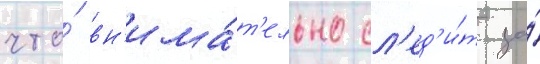
что́ вн'има́т'ельно сл'ед'и́т за́